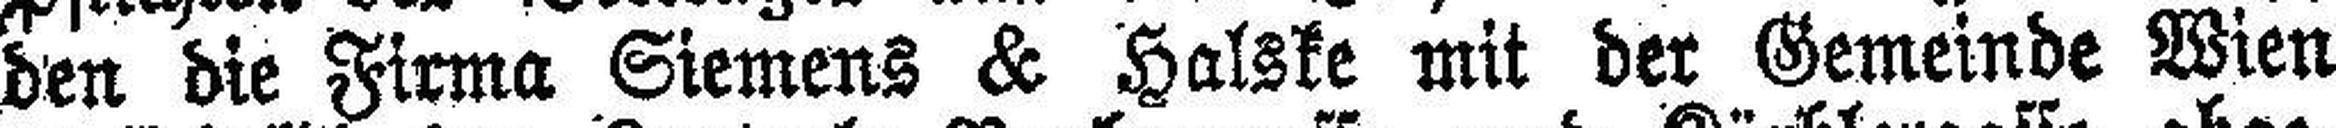
den die Firma Siemens & Halske mit der Gemeinde Wien